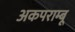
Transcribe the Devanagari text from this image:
अकपराम्बू